Report on vaccination in the Province of Bengal - 1869-1873
Year: 1869
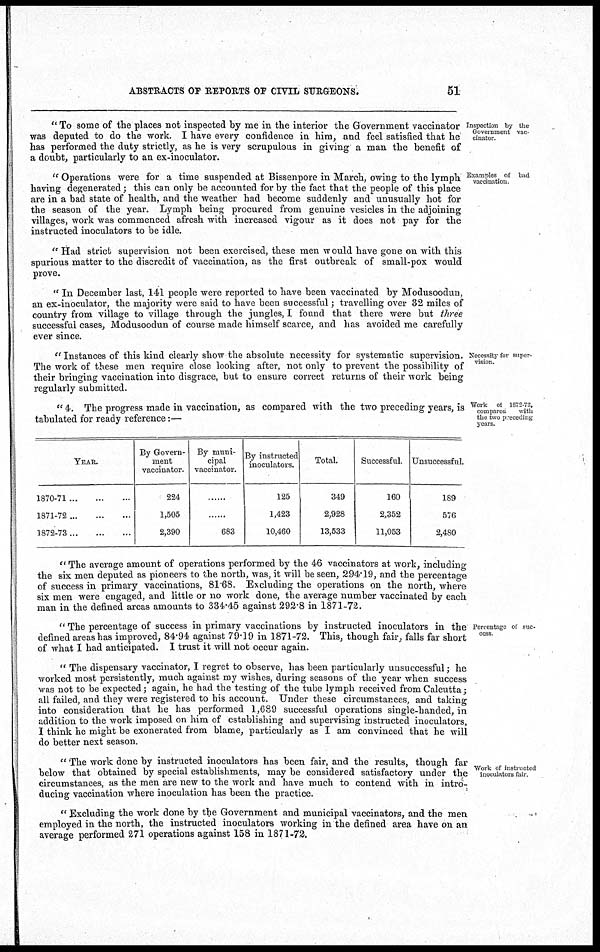
ABSTRACTS OF REPORTS OP CIVIL SURGEONS.
51
Inspection by the
Government vac-
cinator
"To some of the places not inspected by me in the interior the Government vaccinator
was deputed to do the work. I have every confidence in him, and feel satisfied that he
has performed the duty strictly, as he is very scrupulous in giving a man the benefit of
a doubt, particularly to an ex-inoculator.
Examples of bad
vaccination
" Operations were for a time suspended at Bissenpore in March, owing to the lymph
having degenerated; this can only be accounted for by the fact that the people of this place
are in a bad state of health, and the weather had become suddenly and unusually hot for
the season of the year. Lymph being procured from genuine vesicles in the adjoining
villages, work was commenced afresh with increased vigour as it does not pay for the
instructed inoculators to be idle.
''Had strict supervision not been exercised, these men would have gone on with this
spurious matter to the discredit of vaccination, as the first outbreak of small-pox would
prove.
'' In December last, 141 people were reported to have been vaccinated by Modusoodun,
an ex-inoculator, the majority were said to have been successful; travelling over 32 miles of
country from village to village through the jungles, I found that there were but three
successful cases, Modusoodun of course made himself scarce, and has avoided me carefully
ever since.
Necessity for super-
vision.
''Instances of this kind clearly show the absolute necessity for systematic supervision.
The work of these men require close looking after, not only to prevent the possibility of
their bringing vaccination into disgrace, but to ensure correct returns of their work being
regularly submitted.
Work of 1872-73,
compared
with
the two preceding
years.
" 4. The progress made in vaccination, as compared with the two preceding years, is
tabulated for ready reference:—
YEAR.
1870-71
...
...
...
1871-72
...
...
...
1872-73
...
...
...
By Govern-
ment
vaccinator.
224
1,505
2,390
By muni-
cipal
vaccinator.
......
......
683
By instructed
inoculators.
125
1,423
10,460
Total.
349
2,928
13,533
Successful.
160
2,352
11,053
Unsuccessful.
189
576
2,480
" The average amount of operations performed by the 46 vaccinators at work, including
the six men deputed as pioneers to the north, was, it will be seen, 294.19, and the percentage
of success in primary vaccinations, 81.68. Excluding the operations on the north, where
six men were engaged, and little or no work done, the average number vaccinated by each
man in the defined areas amounts to 334.45 against 292.8 in 1871-72.
Percentage of suc-
cess.
" The percentage of success in primary vaccinations by instructed inoculators in the
defined areas has improved, 84.94 against 79.19 in 1871-72. This, though fair, falls far short
of what I had anticipated. I trust it will not occur again.
" The dispensary vaccinator, I regret to observe, has been particularly unsuccessful; he
worked most persistently, much against my wishes, during seasons of the year when success
was not to be expected; again, he had the testing of the tube lymph received from Calcutta;
all failed, and they were registered to his account. Under these circumstances, and taking
into consideration that he has performed 1,689 successful operations single-handed, in
addition to the work imposed on him of establishing and supervising instructed inoculators,
I think he might be exonerated from blame, particularly as I am convinced that he will
do better next season.
Work of instructed
inoculators fair
" The work done by instructed inoculators has been fair, and the results, though far
below that obtained by special establishments, may be considered satisfactory under the
circumstances, as the men are new to the work and have much to contend with in intro-
ducing vaccination where inoculation has been the practice.
" Excluding the work done by the Government and municipal vaccinators, and the men
employed in the north, the instructed inoculators working in the defined area have on an
average performed 271 operations against 158 in 1871-72.